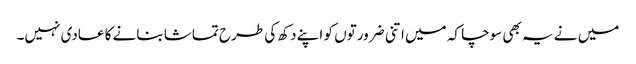
میں نے یہ بھی سوچا کہ میں اتنی ضرورتوں کو اپنے دکھ کی طرح تماشا بنانے کا عادی نہیں۔